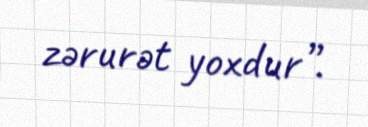
zərurət yoxdur”.